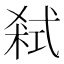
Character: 弒